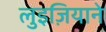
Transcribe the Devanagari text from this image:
लुइज़ियाने